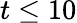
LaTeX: t\leq 10